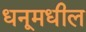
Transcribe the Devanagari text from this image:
धनूमधील